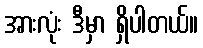
အားလုံး ဒီမှာ ရှိပါတယ်။